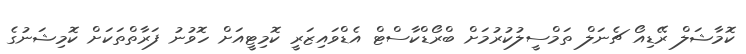
ކޮމާޝަލް ރޭޑިއޯ ޗެނަލް ތަމްސީލުކުރުމަށް ބްރޯޑްކާސްޓް އެޑްވައިޒަރީ ކޮމިޓީއަށް ހޮވުނު ފަރާތްތަކަށް ކޮމިޝަނުގެ